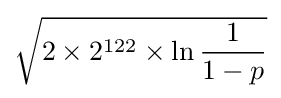
{\sqrt {2\times 2^{122}\times \ln {\frac {1}{1-p}}}}